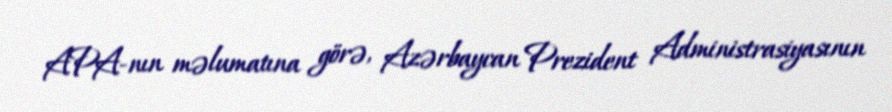
APA-nın məlumatına görə, Azərbaycan Prezident Administrasiyasının